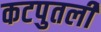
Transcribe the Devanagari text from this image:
कटपुतली